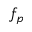
f _ { p }